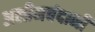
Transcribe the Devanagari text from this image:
अलीमचंदानी